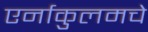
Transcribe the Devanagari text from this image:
एर्नाकुलमचे